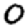
Digit: 0